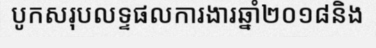
បូកសរុបលទ្ទផលការងារឆ្នាំ២០១៨និង